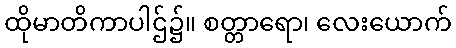
ထိုမာတိကာပါဌ်၌။ စတ္တာရော၊ လေးယောက်